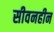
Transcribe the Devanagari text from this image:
सीवनहीन